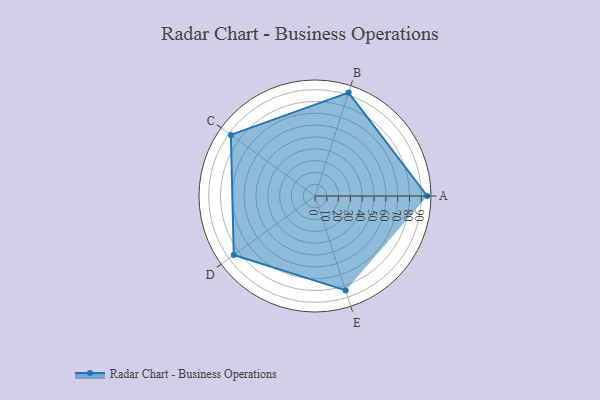
{"axis": {"x": "Skill", "y": "Score"}, "legend": ["Profile"], "data": [{"x": "A", "y": 95.0, "type": "Profile"}, {"x": "B", "y": 92.0, "type": "Profile"}, {"x": "C", "y": 88.0, "type": "Profile"}, {"x": "D", "y": 85.0, "type": "Profile"}, {"x": "E", "y": 84.0, "type": "Profile"}]}